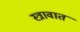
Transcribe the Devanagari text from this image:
स्त्रावात